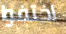
اختفوا